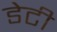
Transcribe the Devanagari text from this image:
डेटी